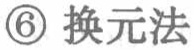
\textcircled{6} 换元法